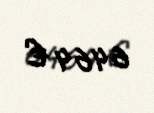
6464 €